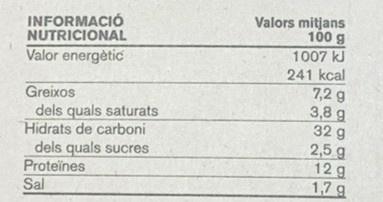
INFORMACIÓ NUTRICIONAL
Valors mitjans 100 g
1007 kJ
Valor energètic
Greixos dels quals saturats Hidrats de carboni dels quals sucres
241 kcal 7,2 g 3,8 g 32 g 2,5 g 12 g 1,7 g
Proteïnes
Sal